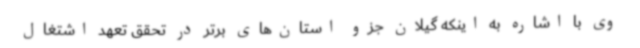
وی با اشاره به اینکه گیلان جزو استان‌های برتر در تحقق تعهد اشتغال